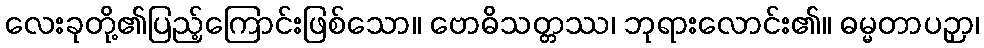
လေးခုတို့၏ပြည့်ကြောင်းဖြစ်သော။ ဗောဓိသတ္တဿ၊ ဘုရားလောင်း၏။ ဓမ္မတာပဉှာ၊